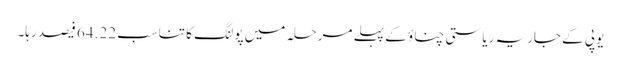
یوپی کے جاریہ ریاستی چناؤ کے پہلے مرحلہ میں پولنگ کا تناسب 64.22 فیصد رہا۔